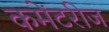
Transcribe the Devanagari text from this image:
कमेंटरीज